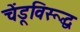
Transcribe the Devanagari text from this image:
चेंडूविरूद्ध